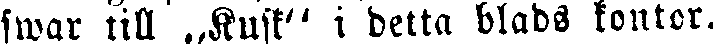
swar till „Kusk" i detta blads kontor.